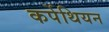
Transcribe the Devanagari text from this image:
कर्पेथियन